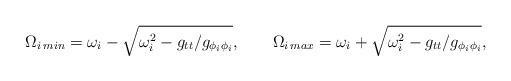
LaTeX: \begin{align*}\Omega_{i\,min}=\omega_i-\sqrt{\omega^2_i-g_{tt}/g_{\phi_i\phi_i}}, \ \ \ \ \ \ \Omega_{i\,max}=\omega_i+\sqrt{\omega^2_i-g_{tt}/g_{\phi_i\phi_i}},\end{align*}